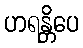
ဟရန္တိပေ